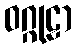
ဝဂ္ဂုဠာ